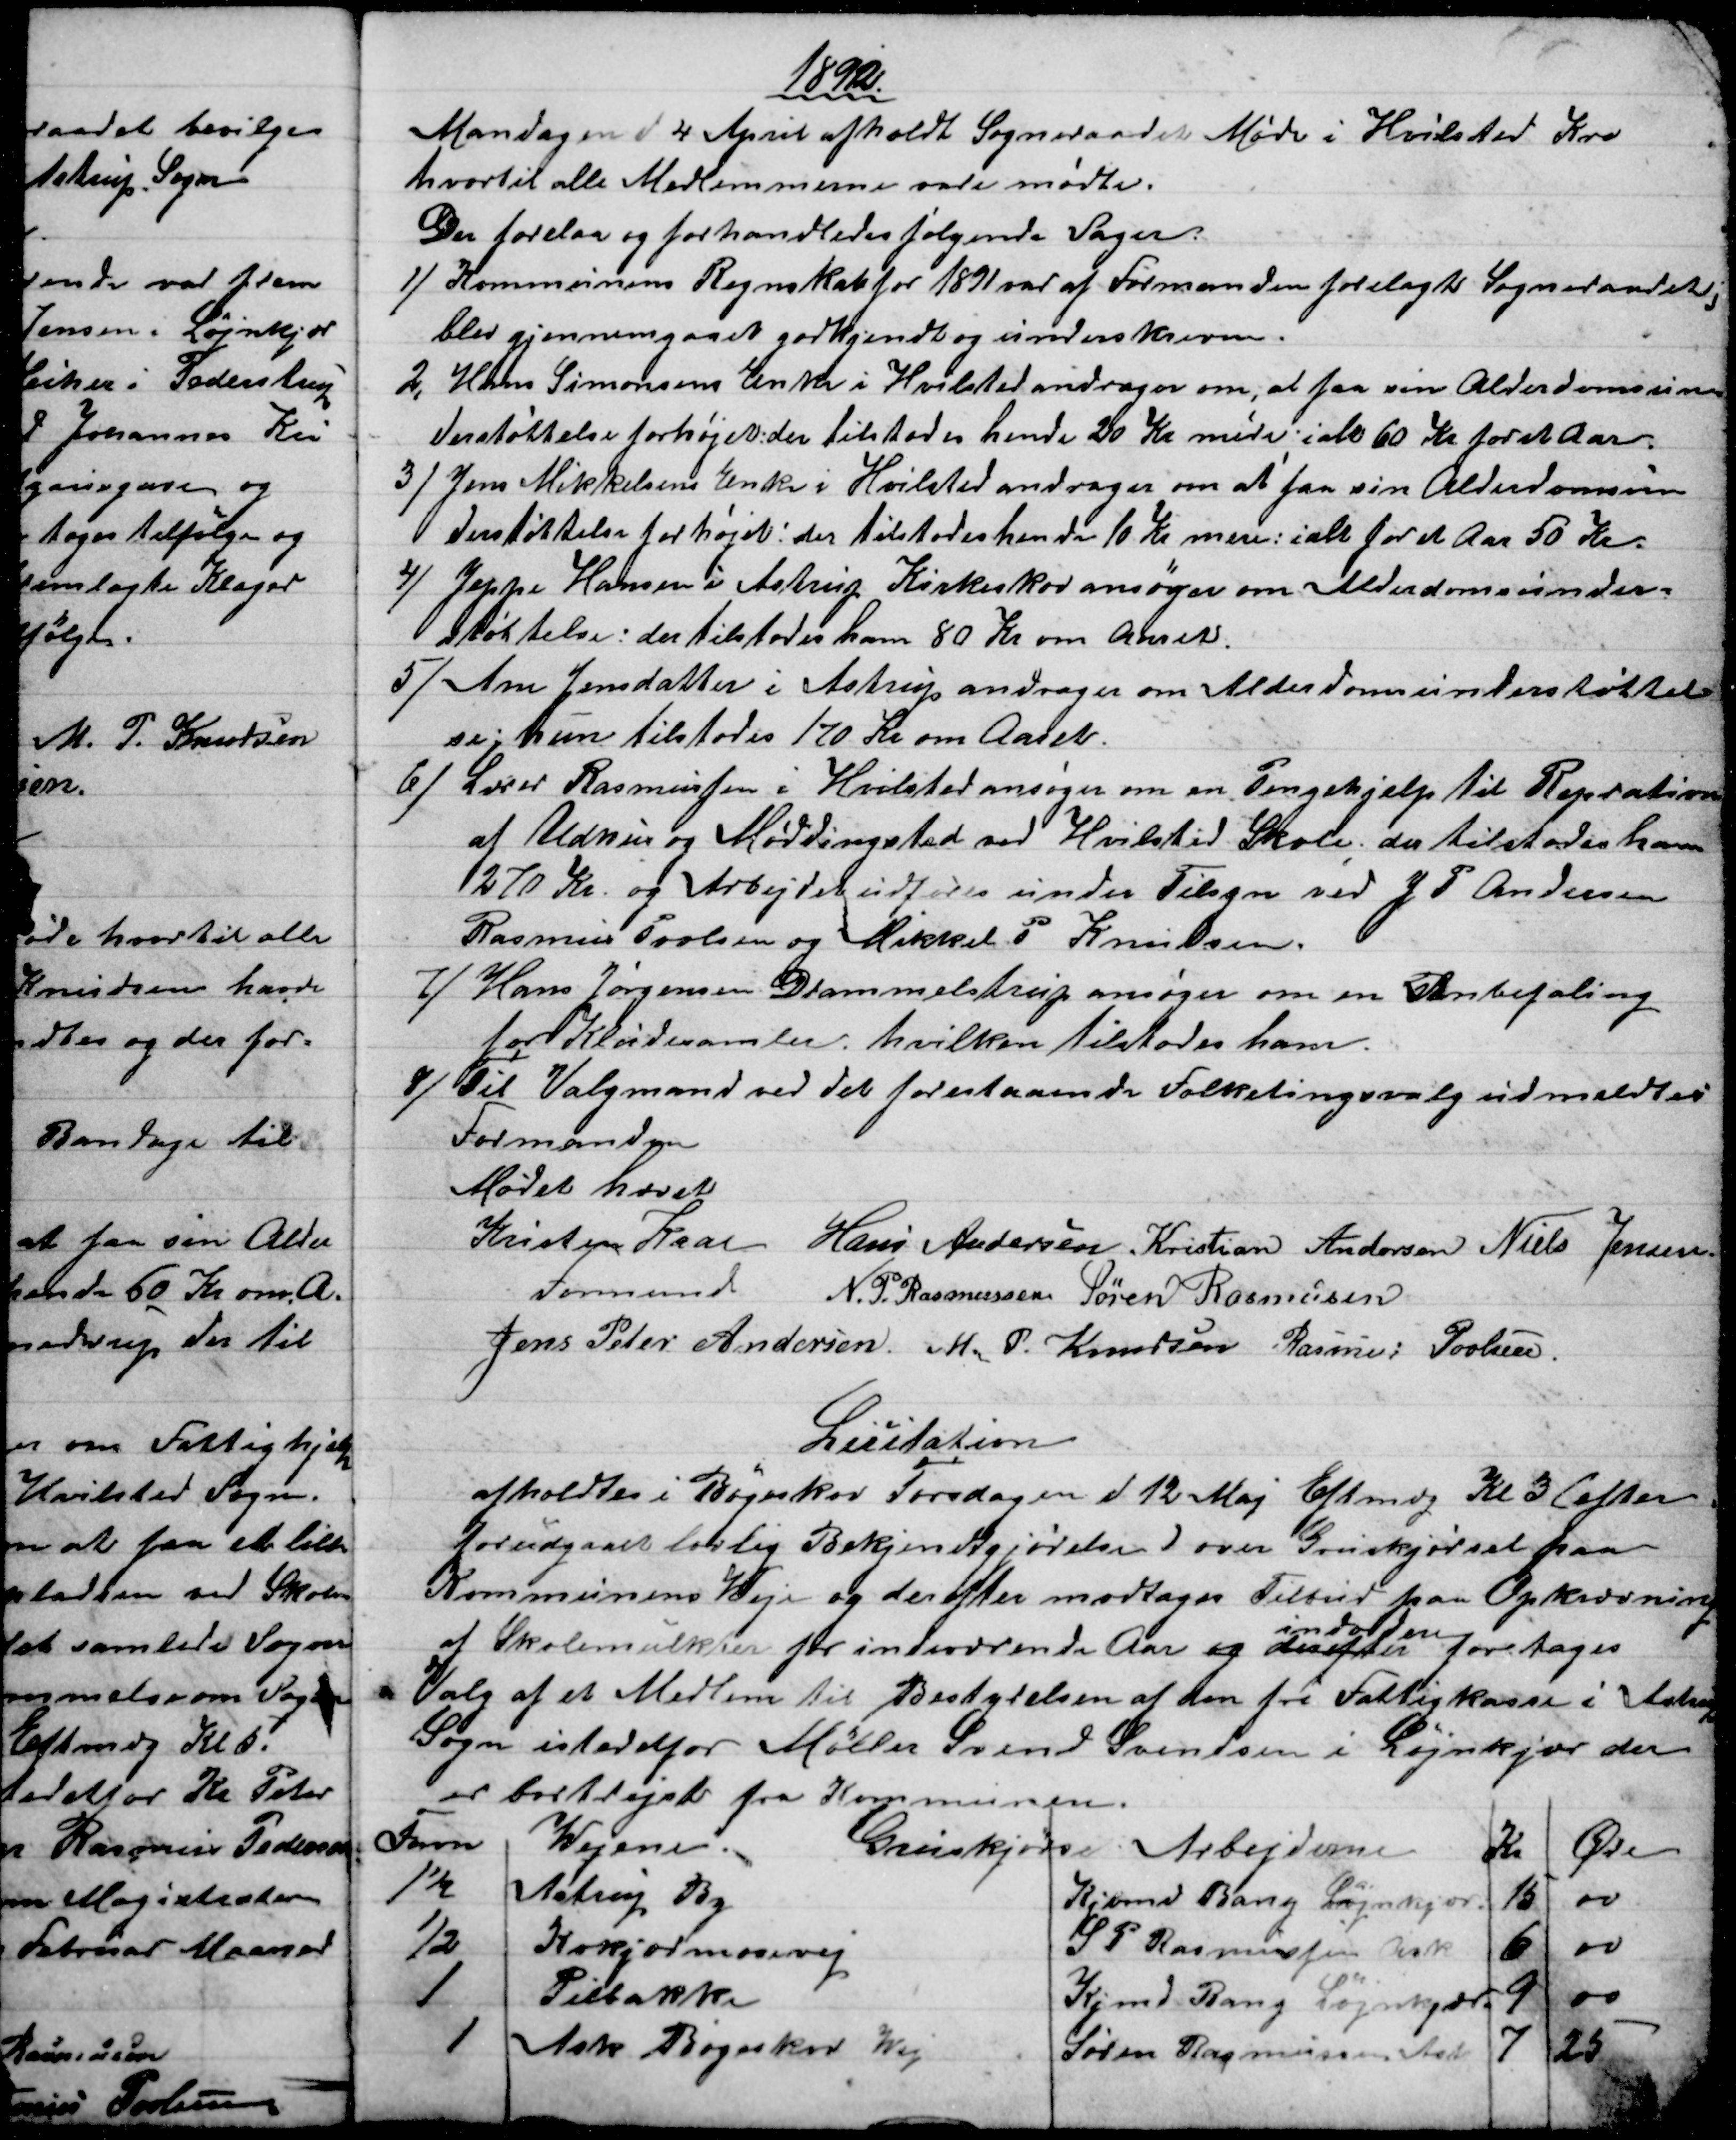
Transskription:
1892
Mandagen d 4 April afholdt Sogneraadet Møde i Hvilsted Kro
hvortil alle Medlemmerne vare mødte.
Der forelaa og forhandledes følgende Sager.
1) 
Kommunens Regnskab for 1891 var af Formanden forelagt Sogneraadet,
blev gjennemgaaet godkjendt og underskreven.
2,
Hans Simonsens Enke i Hvilsted andrager om, at faa sin Alderdomsun-
derstøttelse forhøjet: der tilstodes hende 20 Kr mere: i alt 60 Kr for et Aar.
3)
Jens Mikkelsens Enke i Hvilsted andrager om at faa sin Alderdomsun
derstøttelse forhøjet: der tilstodes hende 10 Kr mere: ialt for et Aar 50 Kr.
4)
Jeppe Hansen i Astrup Kirkeskov ansøger om Alderdomsunder-
støttelse: der tilstodes ham 80 Kr om Aaret.
5) 
Ane Jensdatter i Astrup andrager om Alderdomsunderstøttel-
se: hun tilstodes 170 Kr om Aaret.
6) 
Lærer Rasmussen i Hvilsted ansøger om en Pengehjelp til Repration
af Udhus og Møddingsted ved Hvilsted Skole; der tilstodes ham
270 Kr. og Arbejdet udføres under Tilsyn ved J P Andersen
Rasmus Povlsen og Mikkel P. Knudsen.
7) 
Hans Jørgensen Drammelstrup ansøger om en Anbefaling
for Kludesamler, hvilken tilstodes ham.
8) 
Til Valgmand ved det forestaaende Folketingsvalg udmeldtes
Formanden
Mødet hævet
Kristen Kaae
Formand
Hans Andersen Kristian Andersen Niels Jensen
N. P. Rasmussen Søren Rasmussen
Jens Peter Andersen. M. P. Knudsen Rasmus Povlsen.
Licitation
afholdtes i Bøgeskov Torsdagen d 12 Maj Eftmdg Kl. 3 (Efter
forudgaaet lovlig Bekjendtgjørelse) over Gruskjørsel paa
Kommunens Weje og derefter modtages Tilbud paa Opkrævning
af Skolemulkter for indeværende Aar og derefter 
indvidere
foretages
Valg af et Medlem til Bestyrelsen af den fri Fattigkasse i Astrup
Sogn istedetfor Møller Svend Svendsen i Løjnkjær der
er bortrejst fra Kommunen.
Favn
Wejene.
Gruskjørsel
Arbejderne
Kr
Øre
1½
Astrup By
Kjøbmd Bang Løjnkjær
15
00
½
Kokjærmosevej
S P Rasmussen Ask
6
00
1
Pilbakke
Kjmd Bang Løjnkjær
9
00
1
Ask Bøgeskov Wej
Søren Rasmussen Astrup
7
25